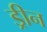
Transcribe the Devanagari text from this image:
ड्रीन